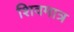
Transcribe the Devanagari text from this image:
शिवमात्र